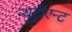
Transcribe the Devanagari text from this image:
न्यूट्रीएन्ट